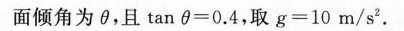
面倾角为θ，且$$\tan θ = 0 . 4$$，取$$g = 1 0 m / s ^ { 2 }$$.